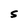
Character: S